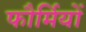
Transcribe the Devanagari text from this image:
फौर्मियों